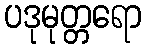
ပဒုမုတ္တရော